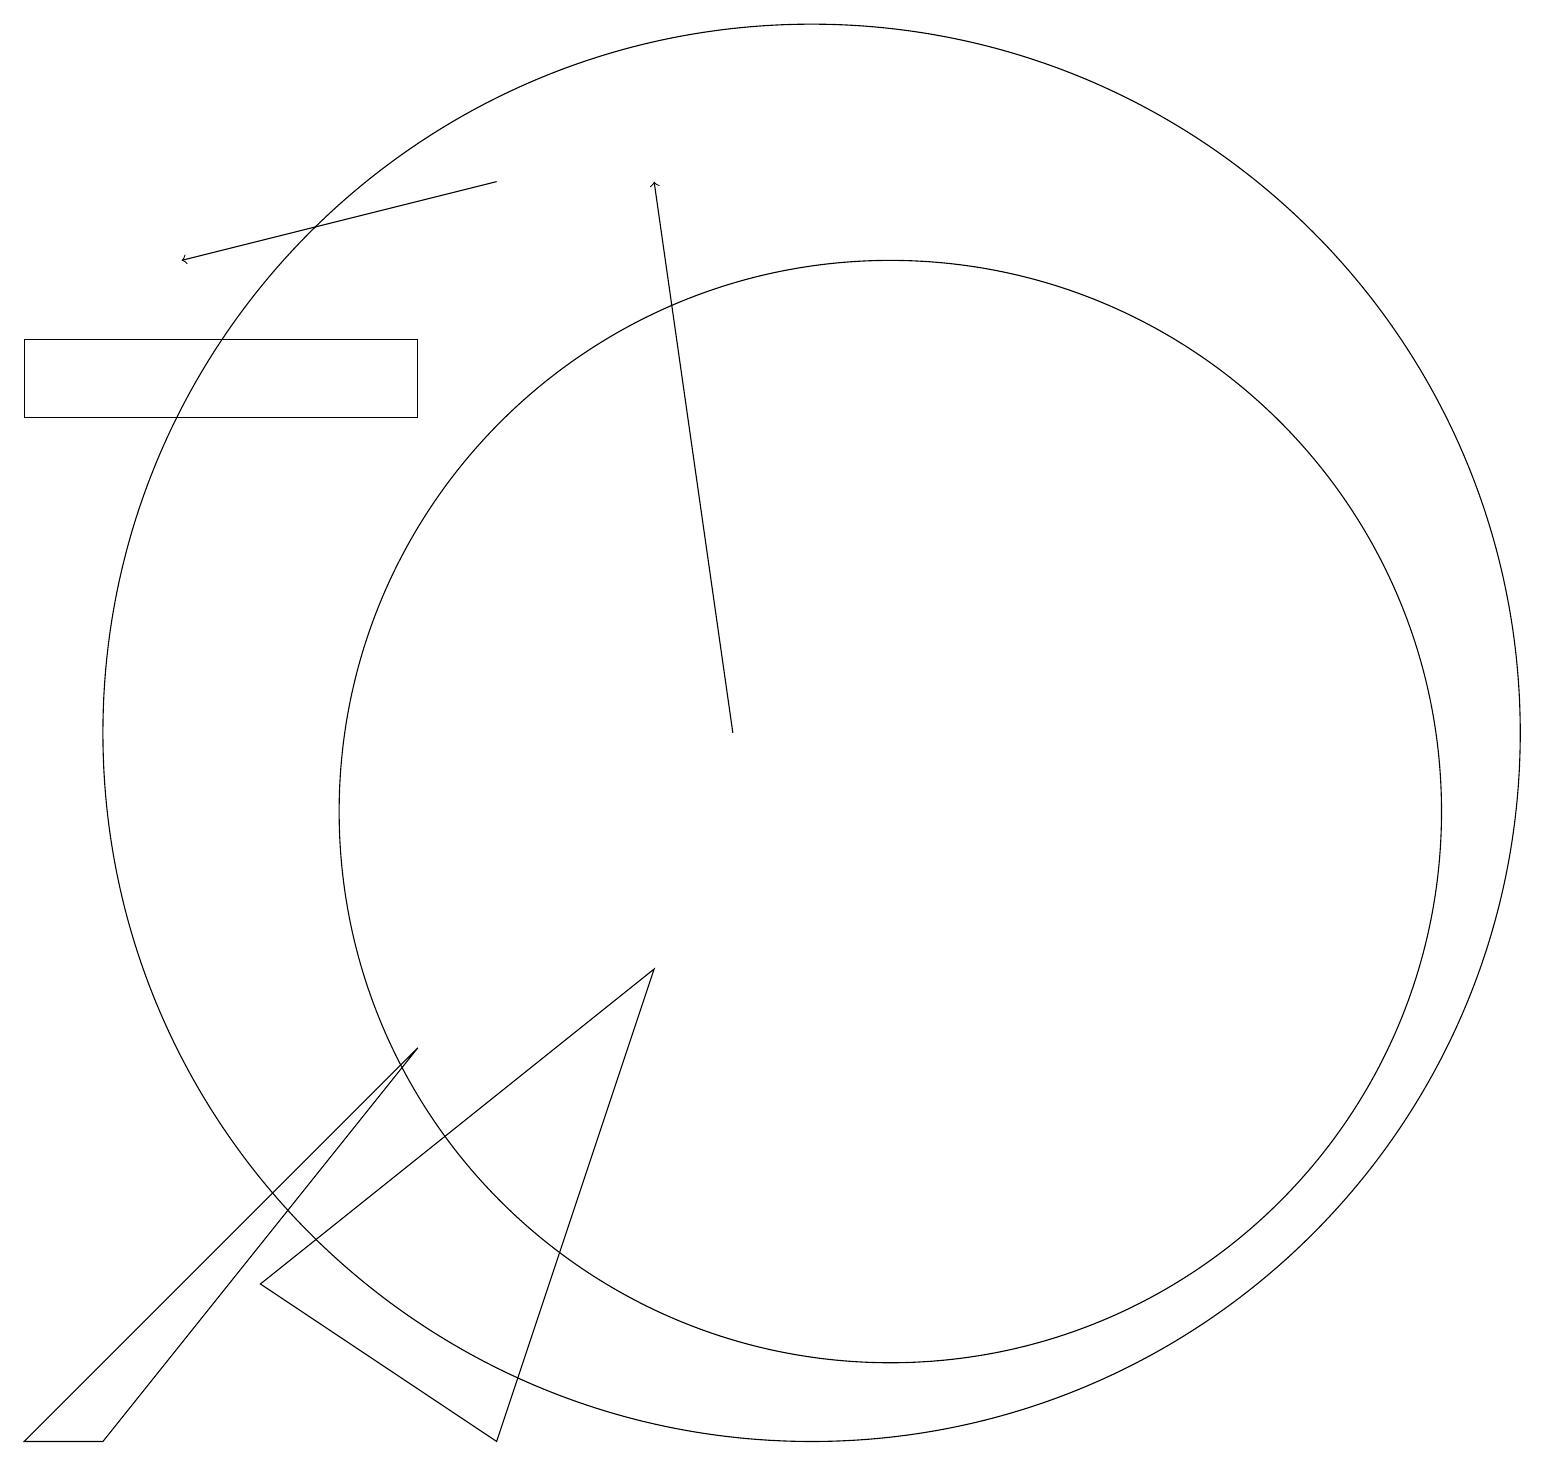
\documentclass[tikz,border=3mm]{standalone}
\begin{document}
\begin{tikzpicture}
\draw (10,11) circle (9);
\draw (11,10) circle (7);
\draw (1,2) -- (0,2) -- (5,7) -- cycle;
\draw[->] (6,18) -- (2,17);
\draw (6,2) -- (3,4) -- (8,8) -- cycle;
\draw[->] (9,11) -- (8,18);
\draw (0,15) rectangle (5,16);
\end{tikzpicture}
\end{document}